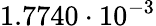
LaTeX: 1.7740\cdot 10^{-3}